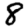
Digit: 8